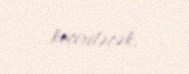
keçiriləcək.